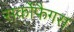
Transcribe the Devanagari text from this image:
सर्कोफैगस